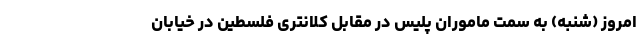
امروز (شنبه) به سمت ماموران پلیس در مقابل کلانتری فلسطین در خیابان